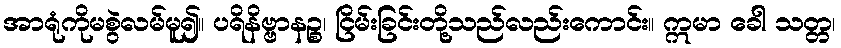
အာရုံကိုမစွဲလမ်မူ၍။ ပရိနိဗ္ဗာနဉ္စ၊ ငြိမ်းခြင်းတို့သည်လည်းကောင်း။ ဣမာ ခေါ သတ္တ၊